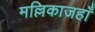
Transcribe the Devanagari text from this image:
मल्लिकाजहाँ